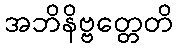
အဘိနိဗ္ဗတ္တေတိ